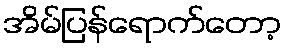
အိမ်ပြန်ရောက်တော့